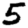
Digit: 5